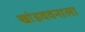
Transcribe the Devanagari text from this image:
खांडववनाला